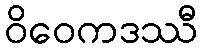
ဝိဝေကဒဿီ